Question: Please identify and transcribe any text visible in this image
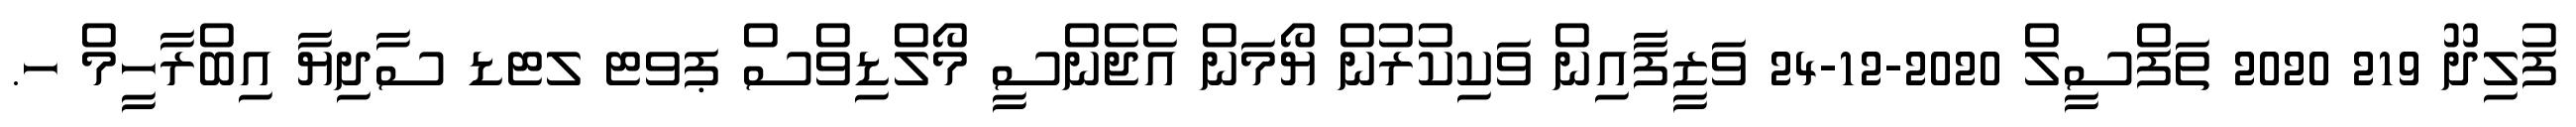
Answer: ފުލިދޫ 219 2020 ތަފްސީލް 2020-12-24 ވަޒީފާއިން ވަކިކުރުން ޔޯމަން އެޖެންސީ މޯލްޑިވްސް ޕވޓ ލޓޑ ސާދިޔާ އިބްރާހީމް ހ.